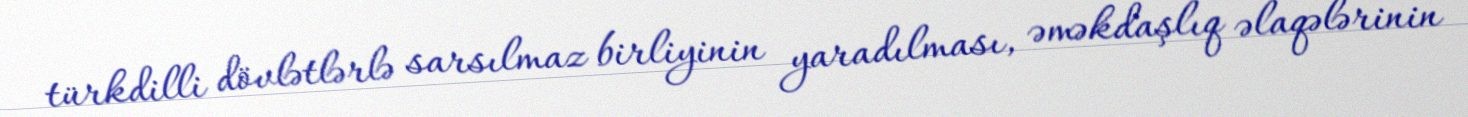
türkdilli dövlətlərlə sarsılmaz birliyinin yaradılması, əməkdaşlıq əlaqələrinin